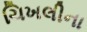
ચિખલીના